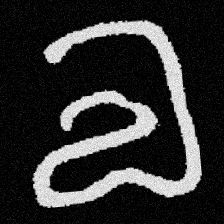
Pyu character \u2014 Myanmar letter: လ (romanized: la)